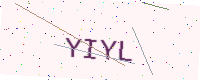
Text: YIYL